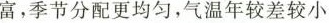
富，季节分配更均匀，气温年较差较小